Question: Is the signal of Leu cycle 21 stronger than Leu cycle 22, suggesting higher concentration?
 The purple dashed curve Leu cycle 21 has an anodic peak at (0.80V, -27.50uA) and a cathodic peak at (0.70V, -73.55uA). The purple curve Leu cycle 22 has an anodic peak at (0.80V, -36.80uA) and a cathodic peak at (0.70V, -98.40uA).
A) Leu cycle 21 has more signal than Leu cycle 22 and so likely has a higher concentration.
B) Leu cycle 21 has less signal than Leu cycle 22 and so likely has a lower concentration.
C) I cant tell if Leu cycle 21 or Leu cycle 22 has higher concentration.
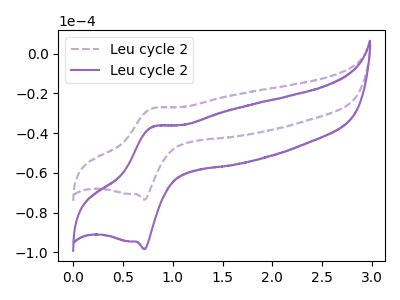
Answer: <think>All the peaks in "Leu cycle 21" have a peak in "Leu cycle 22" at the same potential.
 </think>
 <answer>C) I cant tell if "Leu cycle 21" or "Leu cycle 22" has higher concentration.</answer>
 <eval>C</eval>